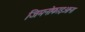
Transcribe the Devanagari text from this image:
जिमनोफाइओना